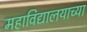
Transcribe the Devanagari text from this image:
महाविद्यालयाच्या